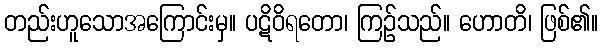
တည်းဟူသောအကြောင်းမှ။ ပဋိဝိရတော၊ ကြဉ်သည်။ ဟောတိ၊ ဖြစ်၏။